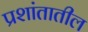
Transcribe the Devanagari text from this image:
प्रशांतातील